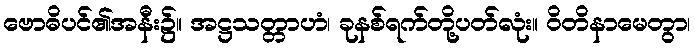
ဗောဓိပင်၏အနီး၌။ အဋ္ဌသတ္တာဟံ၊ ခုနစ်ရက်တို့ပတ်လုံး။ ဝိတိနာမေတွာ၊